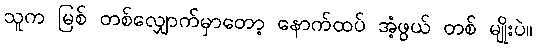
သူက မြစ် တစ်လျှောက်မှာတော့ နောက်ထပ် အံ့ဖွယ် တစ် မျိုးပဲ။